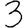
Digit: 3